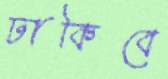
ঢাকিবে